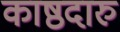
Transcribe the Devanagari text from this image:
काष्ठदारु